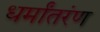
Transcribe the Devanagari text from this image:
धर्मांतरंण